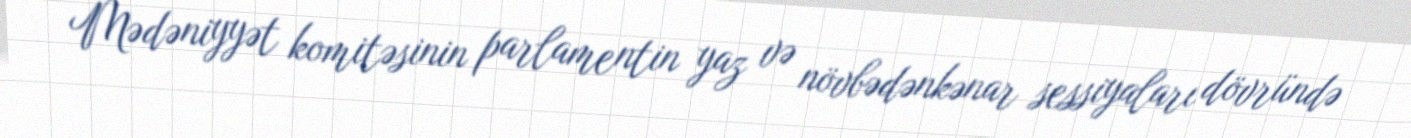
Mədəniyyət komitəsinin parlamentin yaz və növbədənkənar sessiyaları dövründə